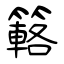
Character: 簵